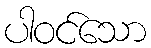
ပါဝင်သော